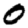
Digit: 0